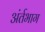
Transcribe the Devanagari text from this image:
अंर्तभाग